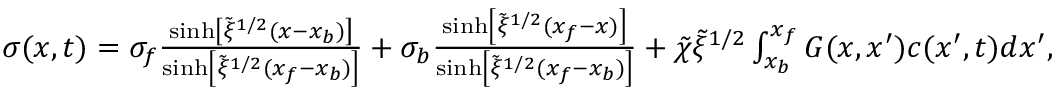
\begin{array} { r } { \sigma ( x , t ) = \sigma _ { f } \frac { \sinh \left[ \tilde { \xi } ^ { 1 / 2 } ( x - x _ { b } ) \right] } { \sinh \left[ \tilde { \xi } ^ { 1 / 2 } ( x _ { f } - x _ { b } ) \right] } + \sigma _ { b } \frac { \sinh \left[ \tilde { \xi } ^ { 1 / 2 } ( x _ { f } - x ) \right] } { \sinh \left[ \tilde { \xi } ^ { 1 / 2 } ( x _ { f } - x _ { b } ) \right] } + \tilde { \chi } \tilde { \xi } ^ { 1 / 2 } \int _ { x _ { b } } ^ { x _ { f } } G ( x , x ^ { \prime } ) c ( x ^ { \prime } , t ) d x ^ { \prime } , } \end{array}